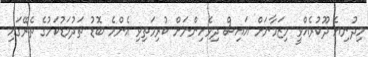
މިދުނިޔެ ދޫކުރެއްވީ މިޒަމާނަށް އައިސް ދިވެހިންނަށް ކުރިމަތިވި އެންމެ ބޮޑު ތަދުމަޑުކަމުގެ ތެރޭގައި